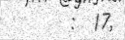
:  17